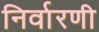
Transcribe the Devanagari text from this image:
निर्वारणी